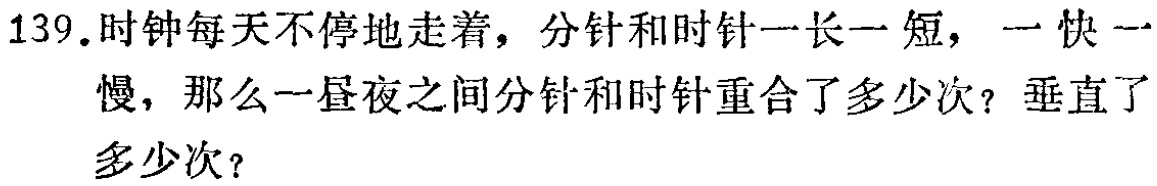
139. 时钟每天不停地走着，分针和时针一长一短，一快一慢，那么一昼夜之间分针和时针重合了多少次？垂直了多少次？